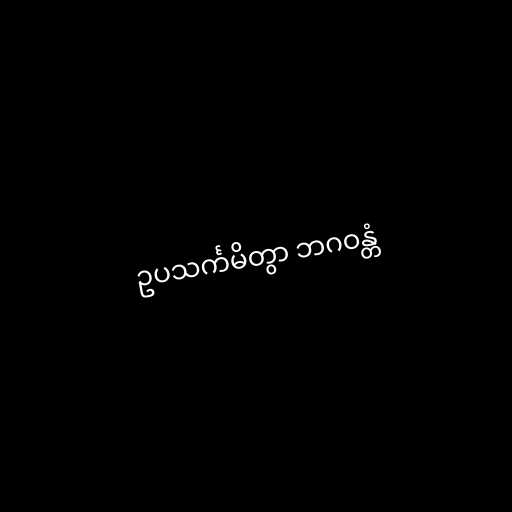
ဥပသင်္ကမိတွာ ဘဂဝန္တံ